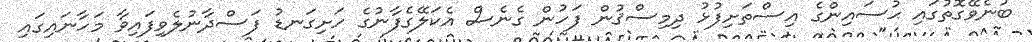
ބުނެވޭގޮތުގައި ޙުސައިންގެ އިސްތަށިފުޅު ދިމިސްޤުން ފަހުން ގެނެސް އެކަލޭގެފާނުގެ ހަށިގަނޑު ފަސްދާނުލެވިފައިވާ މަހާނައިގައި